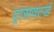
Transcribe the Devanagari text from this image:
ट्रांसवर्ल्ड